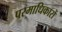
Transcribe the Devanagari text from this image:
परमाधिकारों